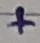
Text: +